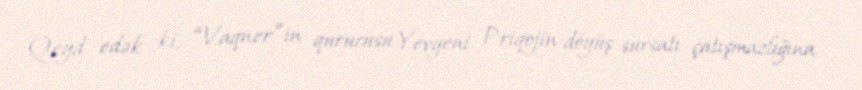
Qeyd edək ki, “Vaqner”in qurucusu Yevgeni Priqojin döyüş sursatı çatışmazlığına